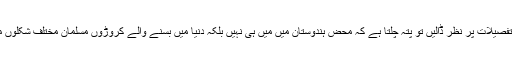
تو آپ کا جواب ہوگا کہ قطعی نہیں جبکہ میڈیا میں جاری تفصیلات پر نظر ڈالیں تو پتہ چلتا ہے کہ محض ہندوستان میں میں ہی نہیں بلکہ دنیا میں بسنے والے کروڑوں مسلمان مختلف شکلوں میںخنزیر کو اپنی روزمرہ خوراک کا حصہ بنا چکے ہیں ۔